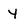
Character: Y